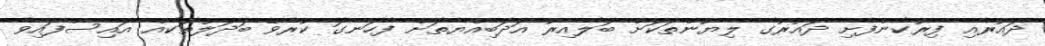
ދައުރާއި ފިރުކެންފެށި ދައުރުގެ ލިޔުންތަކަށް ބަލާއިރު އަދަބިއްޔާތަށް ފާހަނގަ ކުރެވޭ ބަދަލުތަކެއް އައިސްފައިވާ